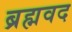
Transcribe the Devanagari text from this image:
ब्रह्मवद